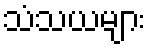
သံသယများ